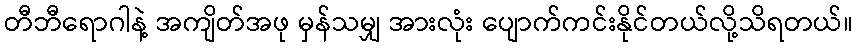
တီဘီရောဂါနဲ့ အကျိတ်အဖု မှန်သမျှ အားလုံး ပျောက်ကင်းနိုင်တယ်လို့သိရတယ်။